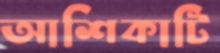
আশিকাটি